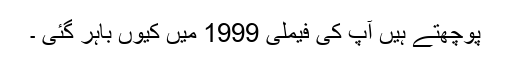
پوچھتے ہیں آپ کی فیملی 1999 میں کیوں باہر گئی ۔